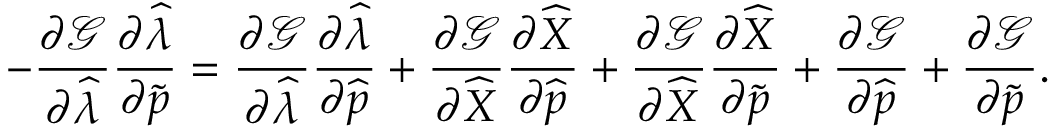
- \frac { \partial \mathcal { G } } { \partial \widehat { \lambda } } \frac { \partial \widehat { \lambda } } { \partial \widetilde { \boldsymbol { p } } } = \frac { \partial \mathcal { G } } { \partial \widehat { \lambda } } \frac { \partial \widehat { \lambda } } { \partial \widehat { \boldsymbol { p } } } + \frac { \partial \mathcal { G } } { \partial \widehat { X } } \frac { \partial \widehat { X } } { \partial \widehat { \boldsymbol { p } } } + \frac { \partial \mathcal { G } } { \partial \widehat { X } } \frac { \partial \widehat { X } } { \partial \widetilde { \boldsymbol { p } } } + \frac { \partial \mathcal { G } } { \partial \widehat { \boldsymbol { p } } } + \frac { \partial \mathcal { G } } { \partial \widetilde { \boldsymbol { p } } } .